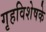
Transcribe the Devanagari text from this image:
गृहविशेषके